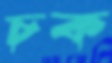
চক